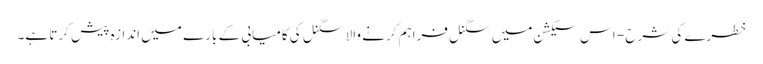
خطرے کی شرح - اس سیکشن میں سگنل فراہم کرنے والا سگنل کی کامیابی کے بارے میں اندازہ پیش کرتا ہے۔